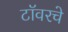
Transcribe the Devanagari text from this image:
टॉवरचे